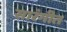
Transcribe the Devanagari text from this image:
सारंगीत